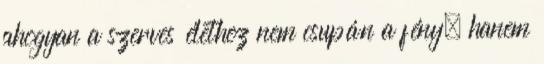
ahogyan a szerves élethez nem csupán a fény, hanem